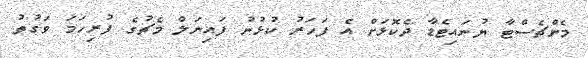
މެންޗެސްޓާ ޔުނައިޓެޑާ ދެކޮޅަށް އެ ފަހަރު ކުޅުނު ފައިނަލް މެޗުގެ ފުރިހަމަ ވަގުތު